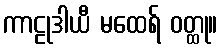
ကာဠုဒါယီ မထေရ် ဝတ္ထု။